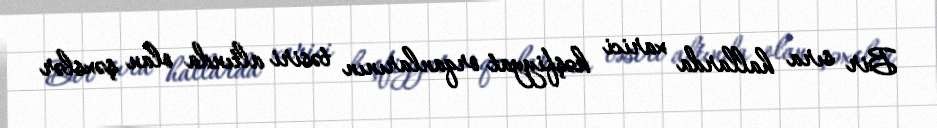
Bir sıra hallarda xarici kəşfiyyat orqanlarının təsiri altında olan şəxslər